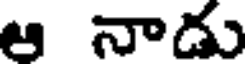
ఆ నాడు